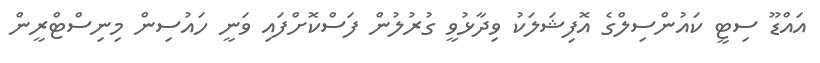
އައްޑޫ ސިޓީ ކައުންސިލްގެ އޮފިޝަލަކު ވިދާޅުވީ ގުރުލުން ފަސްކޮށްފައި ވަނީ ހައުސިން މިނިސްޓްރީން